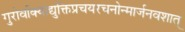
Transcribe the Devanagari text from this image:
गुरोर्वाक्याद्युक्तिप्रचयरचनोन्मार्जनवशात्